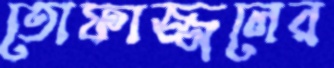
তোফাজ্জলের